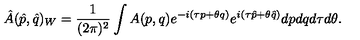
\hat { A } ( \hat { p } , \hat { q } ) _ { W } = \frac { 1 } { ( 2 \pi ) ^ { 2 } } \int A ( p , q ) e ^ { - i ( \tau p + \theta q ) } e ^ { i ( \tau \hat { p } + \theta \hat { q } ) } d p d q d \tau d \theta .